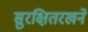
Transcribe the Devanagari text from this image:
सुरक्षितरखने